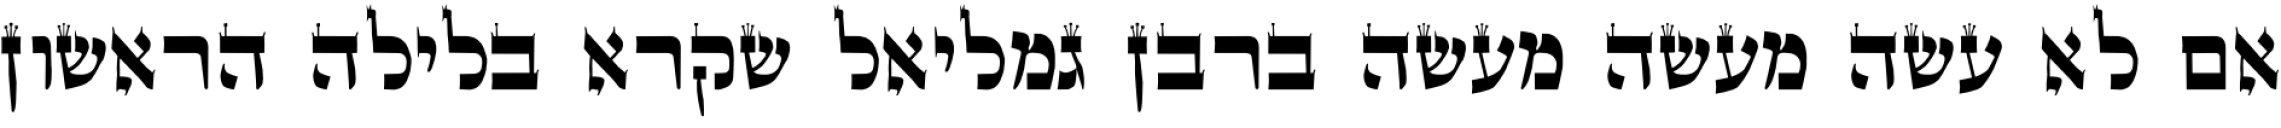
אם לא עשה מעשה מעשה ברבן גמליאל שקרא בלילה הראשון